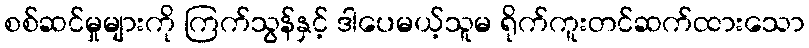
စစ်ဆင်မှုများကို ကြက်သွန်နှင့် ဒါပေမယ့်သူမ ရိုက်ကူးတင်ဆက်ထားသော